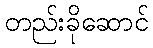
တည်းခိုဆောင်